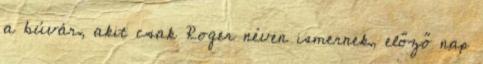
a búvár, akit csak Roger néven ismernek, előző nap